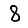
Digit: 8